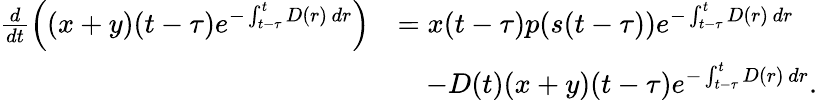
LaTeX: \begin{array}{rl}{\frac{d}{dt}\left((x+y)(t-\tau)e^{-\int_{t-\tau}^{t}D(r)\, dr}\right)}&{=x(t-\tau)p(s(t-\tau))e^{-\int_{t-\tau}^{t}D(r)\, dr}}\\ &{\quad-D(t)(x+y)(t-\tau)e^{-\int_{t-\tau}^{t}D(r)\, dr}.}\end{array}